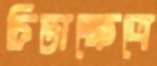
চিন্তাক্ষেত্রে